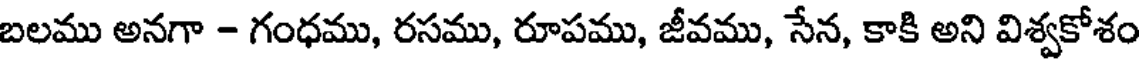
బలము అనగా - గంధము, రసము, రూపము, జీవము, సేన, కాకి అని విశ్వకోశం